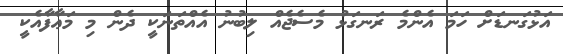
އަޅުގަނޑަށް ހަމަ އެންމެ ރަނގަޅު މެސެޖެއް ލިބުނު އެއްތަނަކީ ދެން މި މަޢާފާއެކީ